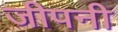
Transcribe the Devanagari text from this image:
जीपनी